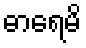
ဓာရေမိ